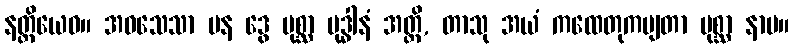
နတ္ထိယေဝ။ အဝသေသာ ပန ဒွေ ပုစ္ဆာ ဗုဒ္ဓါနံ အတ္ထိ, တာသု အယံ ကထေတုကမျတာ ပုစ္ဆာ နာမ။